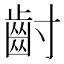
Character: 𮮿